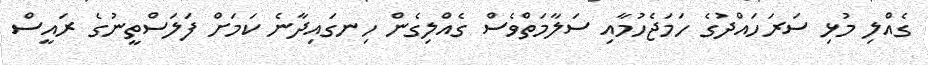
ގެއްލި މުޅި ސަރަހައްދުގެ ހަމަޖެހުމާއި ސަލާމަތްވެސް ގެއްލިގެން ހިނގައިދާނެ ކަމަށް ފަލަސްތީނުގެ ރައީސް